Civil Veterinary Department Bengal reports 1933-51 - 1933-1951
Year: 1933
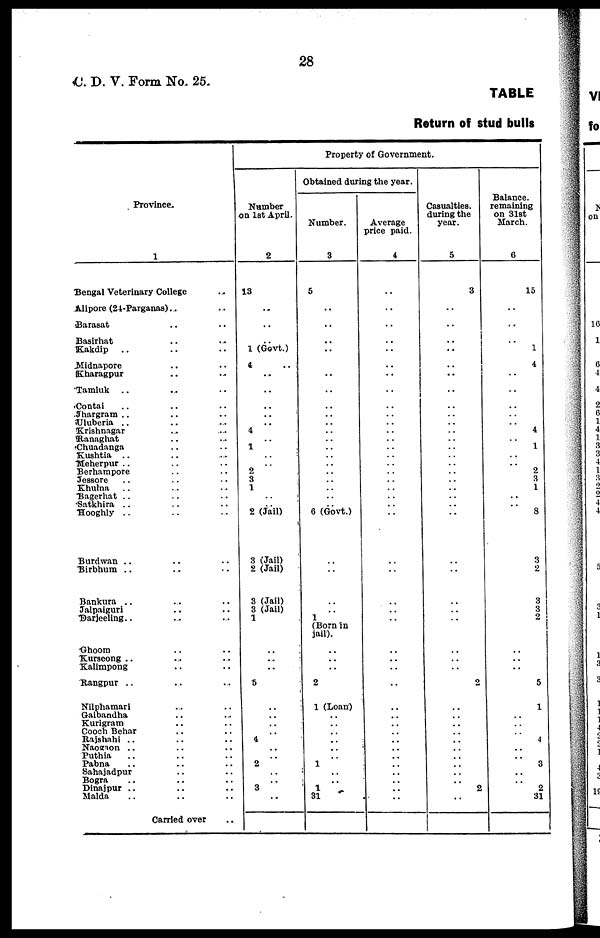
28
C. D. V. Form No. 25.
TABLE
Return of stud bulls
Province.
1
Bengal Veterinary College ..
Alipore (24-Parganas) .. ..
Barasat .. ..
Basirhat .. ..
Kakdip .. .. ..
Midnapore .. ..
Kharagpur .. ..
Tamluk .. .. ..
Contai .. .. ..
Jhargram .. .. ..
Uluberia .. .. ..
Krishnagar .. ..
Ranaghat .. ..
Chuadanga .. ..
Kushtia .. .. ..
Meherpur .. .. ..
Berhampore .. ..
Jessore .. .. ..
Khulna .. .. ..
Bagerhat .. .. ..
Satkhira .. .. ..
Hooghly .. .. ..
Burdwan .. .. ..
Birbhum .. .. ..
Bankura .. .. ..
Jalpaiguri .. ..
Darjeeling.. .. ..
Ghoom .. ..
Kurseong .. .. ..
Kalimpong .. ..
Rangpur .. .. ..
Nilphamari .. ..
Gaibandha .. ..
Kurigram .. ..
Cooch Behar .. ..
Rajshnhi .. .. ..
Naogaon .. .. ..
Puthia .. .. ..
Pabna .. .. ..
Sahajadpur .. ..
Bogra .. .. ..
Dinajpur .. .. ..
Malda .. .. ..
Carried over ..
Property of Government.
Number
on 1st April.
2
13
..
..
..
1 (Govt.)
4 ..
..
..
..
..
.. 4
.. 1
..
.. 2
3
1
..
.. 2 (Jail)
3 (Jail)
2 (Jail)
3 (Jail)
3 (Jail)
1
..
..
..
5
..
..
..
.. 4
..
.. 2
..
.. 3
..
Obtained during the year.
Number.
3
5
..
..
..
..
..
..
..
..
..
..
..
..
..
..
..
..
..
..
.. 6 (Govt.)
..
..
..
.. 1
(Born in
jail).
..
..
..
2
1 (Loan)
..
..
..
..
..
.. 1
..
.. 1
31
Average
price paid.
4
..
..
..
..
..
..
..
..
..
..
..
..
..
..
..
..
..
..
..
..
..
..
..
..
..
..
..
..
..
..
..
..
..
..
..
..
..
..
..
..
..
..
..
Casualties.
during the
year.
5
3
..
..
..
..
..
..
..
..
..
..
..
..
..
..
..
..
..
..
..
..
..
..
..
..
..
..
..
..
..
2
..
..
..
..
..
..
..
..
..
..
2
..
Balance.
remaining
on 31st
March.
6
15
..
..
..
1
4
..
..
..
..
..
4
..
1
..
..
2
3
1
..
..
8
3
2
3
3
2
..
..
..
5
1
..
..
..
4
..
..
3
..
..
2
31